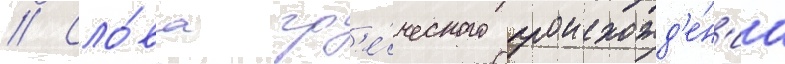
// Сло́ва гр'е́ческого происхожд'е́н'иа